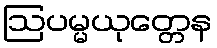
ဩပမ္မယုတ္တေန